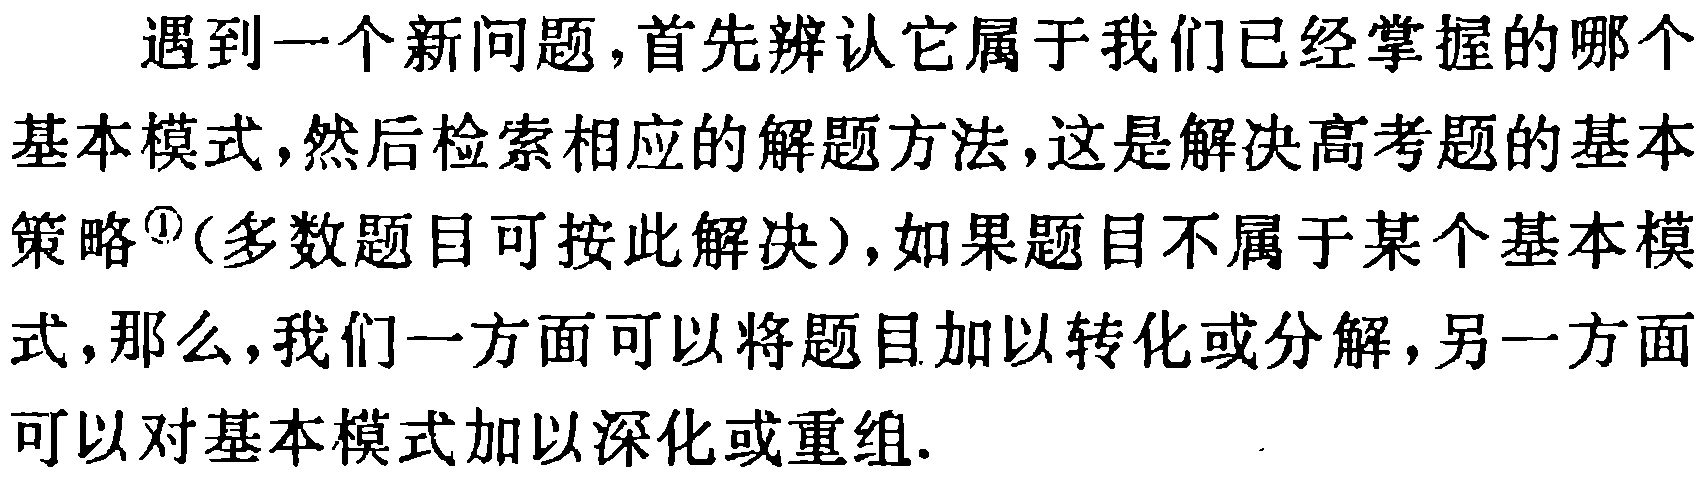
遇到一个新问题,首先辨认它属于我们已经掌握的哪个基本模式,然后检索相应的解题方法,这是解决高考题的基本策略\textsuperscript{1}(多数题目可按此解决),如果题目不属于某个基本模式,那么,我们一方面可以将题目加以转化或分解,另一方面可以对基本模式加以深化或重组.